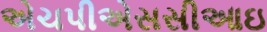
એચપીએસસીઆઇ